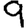
Digit: 9